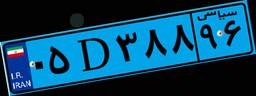
۷۴D۳۲۷۶۶